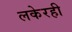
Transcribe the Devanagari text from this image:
लकेरही